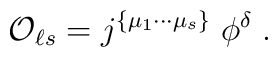
{\cal O}_{\ell s} =  j^{\{\mu_1\cdots\mu_s\}}\;\phi^\delta \;.